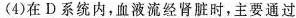
(4)在D系统内，血液流经肾脏时，主要通过